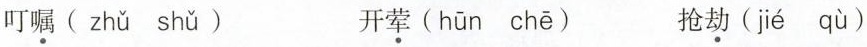
叮\underset{·}{嘱}( zhǔ shǔ ) 开\underset{·}{荤}( hūn chē ) 抢\underset{·}{劫}( jié qù )